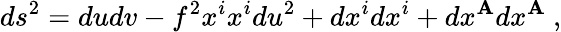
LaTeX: ds^{2}=dudv-f^{2}x^{i}x^{i}du^{2}+dx^{i}dx^{i}+dx^{\mathbf{A}}dx^{\mathbf{A}}~,